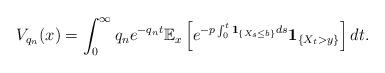
LaTeX: \begin{align*}&V_{q_n}(x)=\int_{0}^{\infty}q_n e^{-q_n t}\mathbb E_x\left[e^{-p\int_{0}^{t}\textbf{1}_{\{X_s \leq b\}}ds}\textbf{1}_{\{X_{t} > y\}}\right]dt.\end{align*}